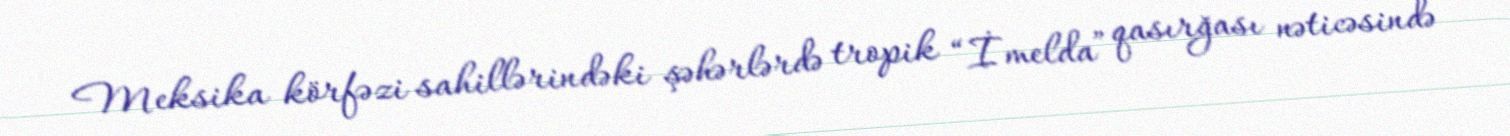
Meksika körfəzi sahillərindəki şəhərlərdə tropik “İmelda” qasırğası nəticəsində